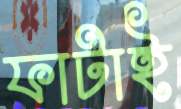
ফাটাই